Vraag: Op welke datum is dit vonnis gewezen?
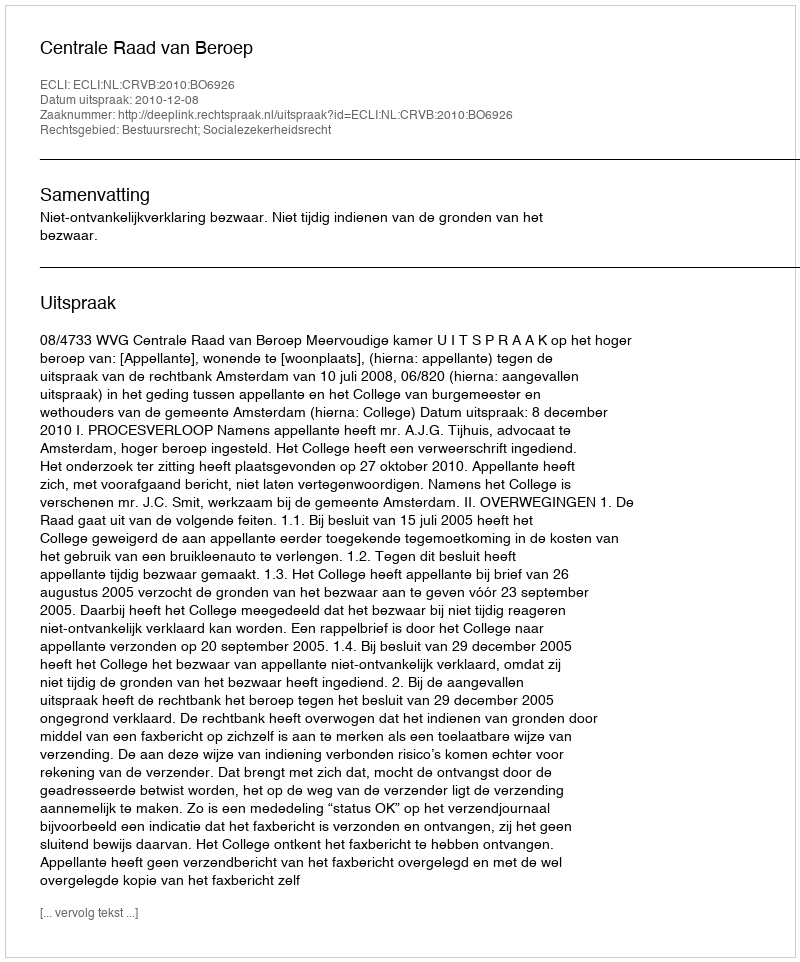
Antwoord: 2010-12-08